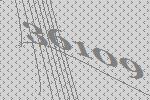
36109